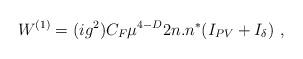
LaTeX: \begin{align*}W^{(1)}=(ig^2)C_F\mu^{4-D}2n.n^*(I_{PV}+I_{\delta})\,\,,\end{align*}